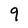
Character: 9